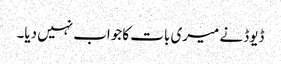
ڈیوڈ نے میری بات کا جواب نہیں دیا۔